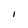
Character: I